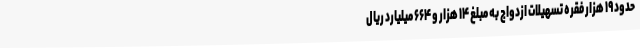
حدود ۱۹ هزار فقره تسهیلات ازدواج به مبلغ ۱۴ هزار و ۶۶۴ میلیارد ریال